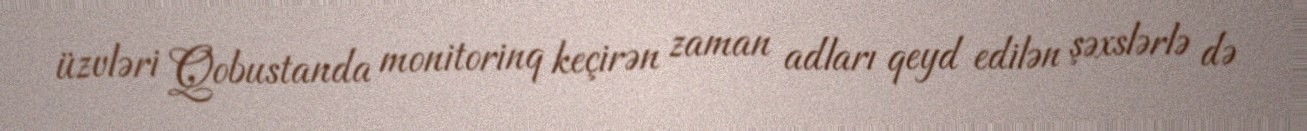
üzvləri Qobustanda monitorinq keçirən zaman adları qeyd edilən şəxslərlə də